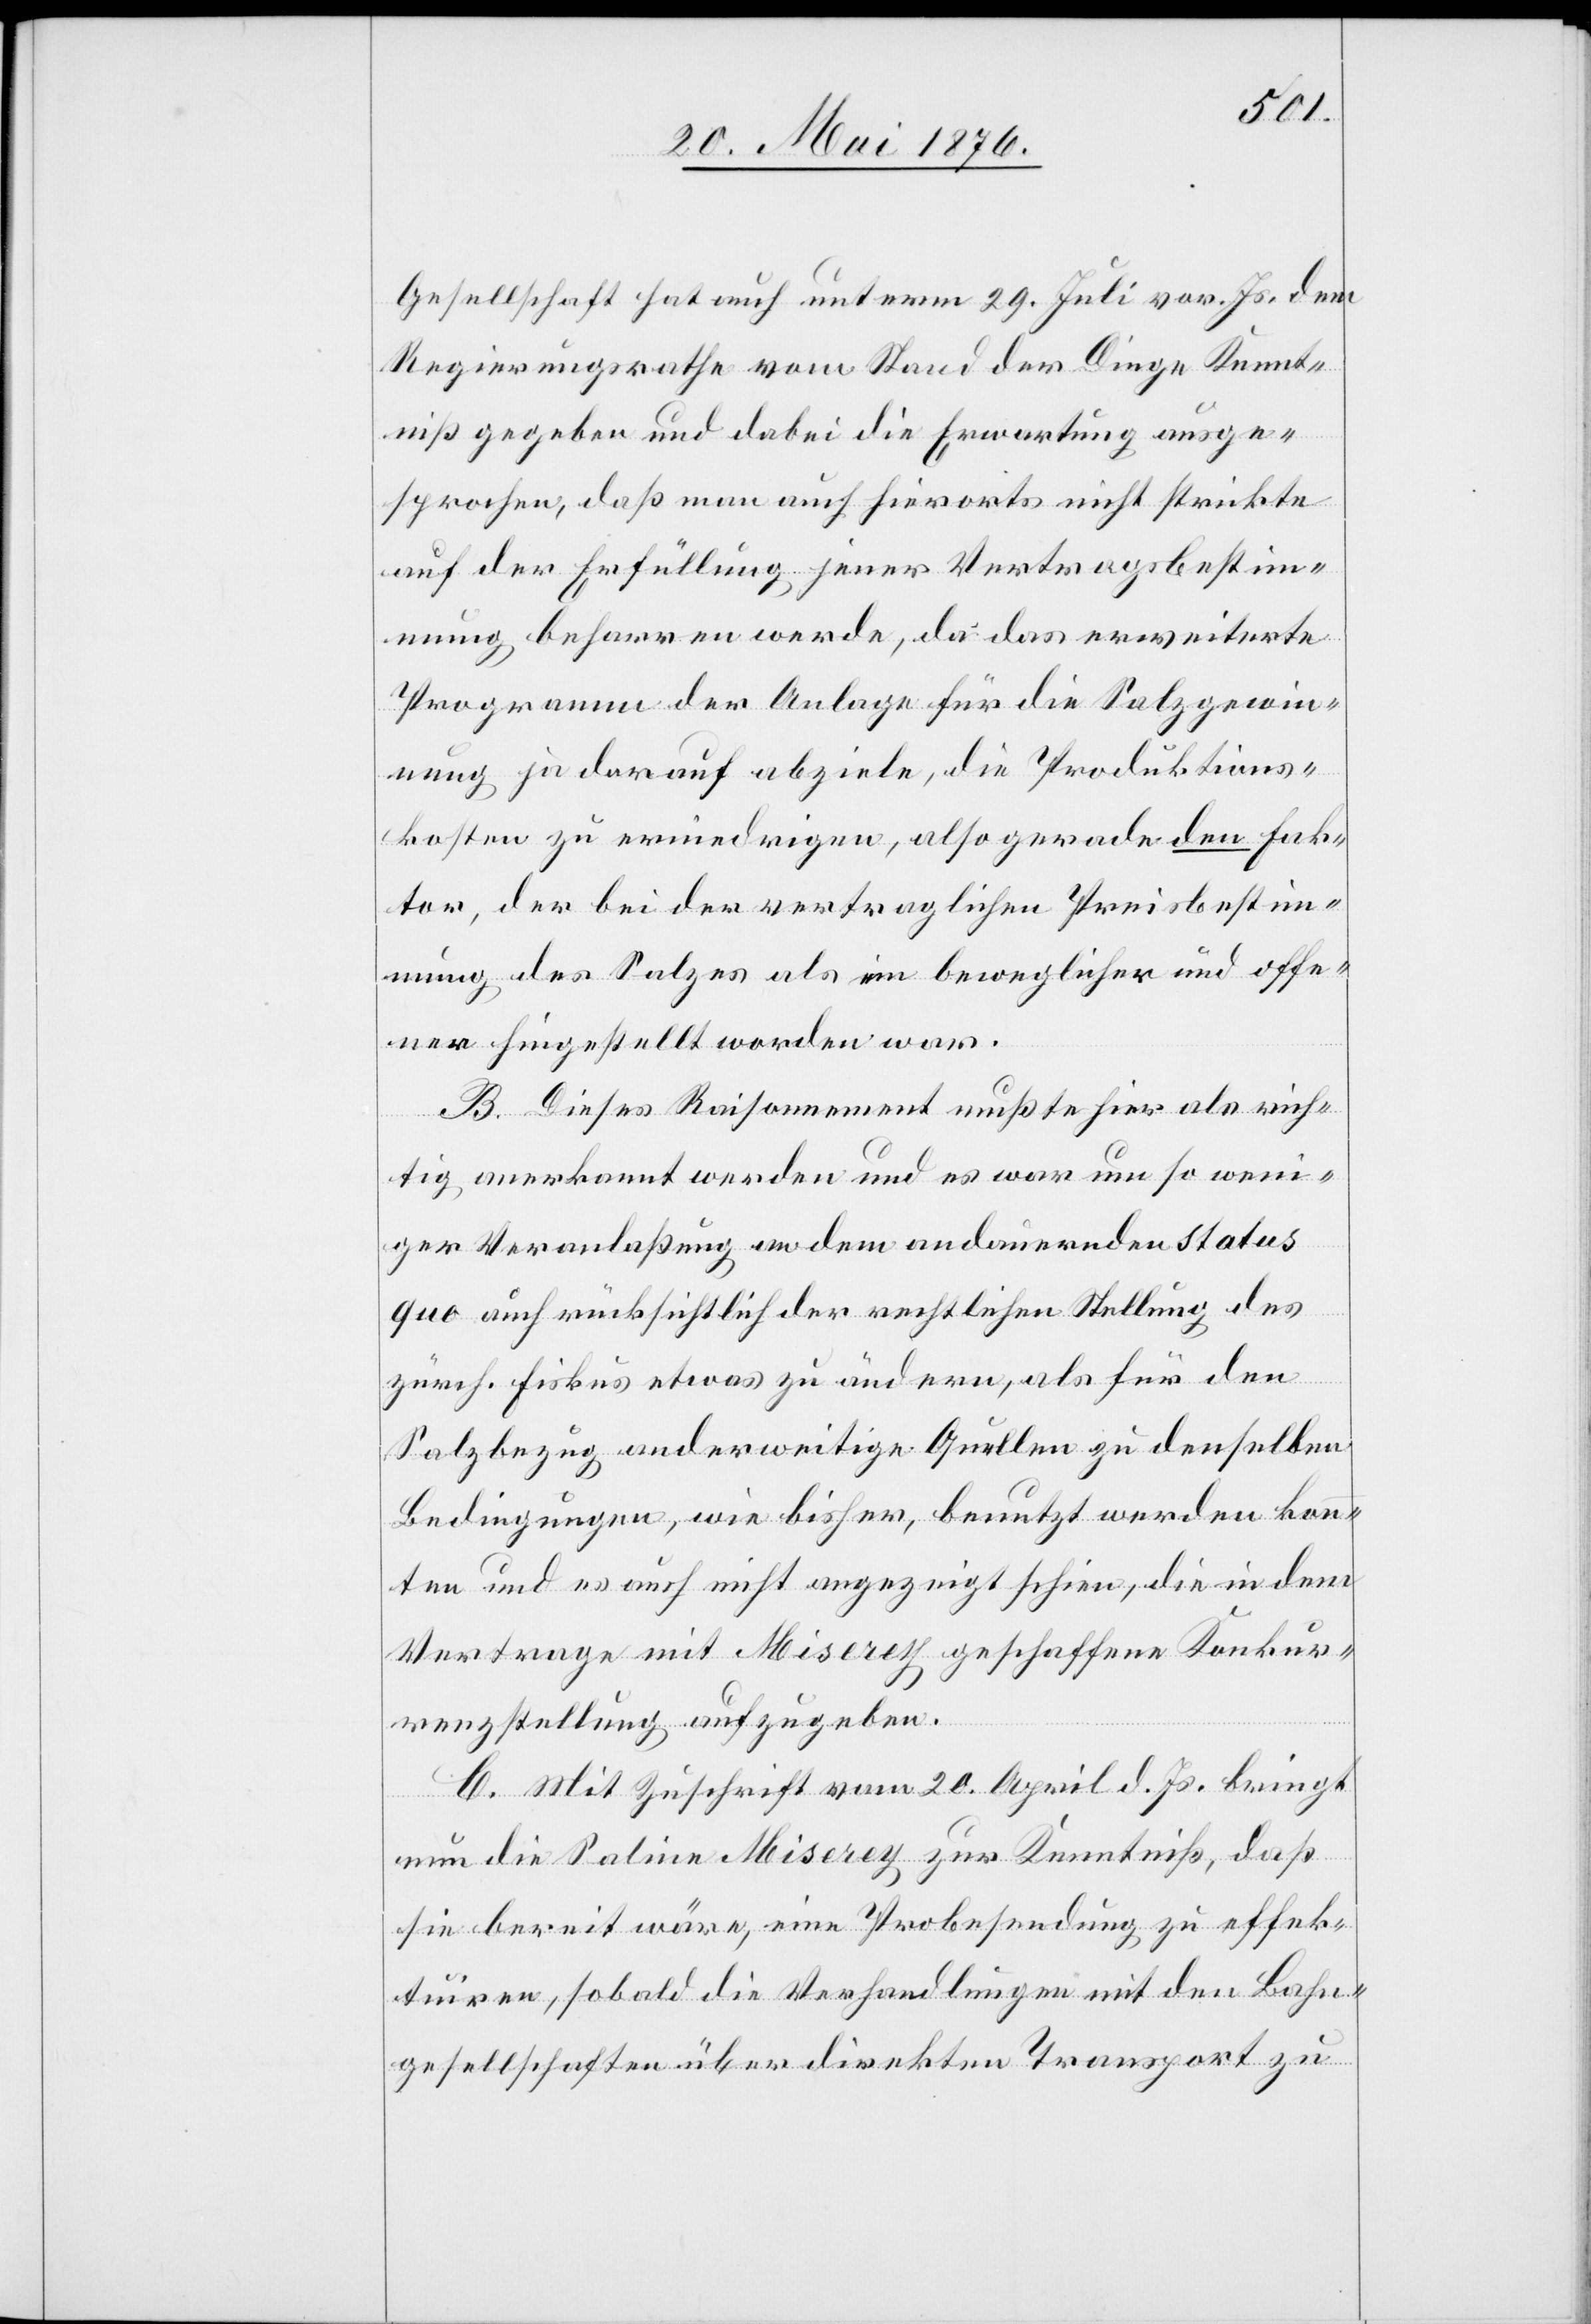
Gesellschaft hat auch unterm 29. Juli vor. Js. dem
Regierungsrathe vom Stand der Dinge Kennt¬
niß gegeben und dabei die Erwartung ausge¬
sprochen, daß man auch hierorts nicht strikte
auf der Erfüllung jener Vertragsbestim¬
mung beharren werde, da das erweiterte
Programm der Anlage für die Salzgewin¬
nung ja darauf abziele, die Produktions¬
kosten zu erniedrigen, also gerade den Fak¬
tor, der bei der vertraglichen Preisbestim¬
mung des Salzes als ein beweglicher und offe¬
ner hingestellt worden war.
B. Dieses Raisonnement mußte hier als rich¬
tig anerkannt werden und es war um so wen¬
iger Veranlaßung an dem andauernden status
quo auch rücksichtlich der rechtlichen Stellung des
zürch. Fiskus etwas zu ändern, als für den
Salzbezug anderweitige Quellen zu denselben
Bedingungen, wie bisher, benutzt werden konn¬
ten und es auch nicht angezeigt schien, die in dem
Vertrage mit Miserey geschaffene Konkur¬
renzstellung aufzugeben.
C. Mit Zuschrift vom 20. April d. Js. bringt
nun die Saline Miserey zur Kenntniß, daß
sie bereit wäre, eine Probesendung zu effek¬
tuiren, sobald die Verhandlungen mit den Bahn¬
gesellschaften über direkten Transport zu